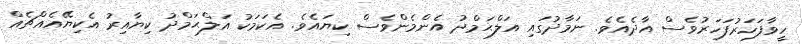
ހީވާފަހަރުފަހަރުވެސް އާދެއެވެ. ނަމާދުގައި އަލްޙަމްދު އެންމެންވެސް ކިޔައެވެ. އެކަމަކު އަލްޙަމްދު ކިޔާއިރު އެކިޔޭއެއްޗެއް